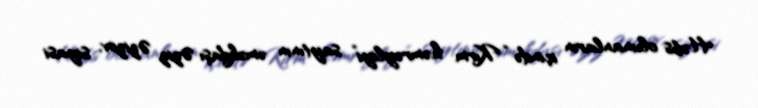
Həbs olunanların içində “Kırm həmrəyliyi” saytının əməkdaşı Əziz Əzizov, siyasi